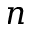
n